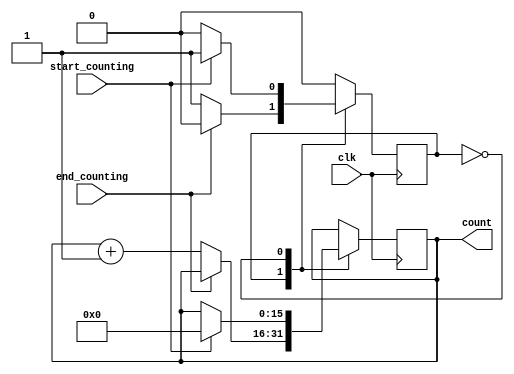
module reaction_counter(
	clk,
	start_counting,
	end_counting,
	count
);

	input clk, start_counting, end_counting;
	output [15:0] count;
	
	reg [15:0] count;
	reg state;
	parameter not_counting = 1'd0, counting = 1'd1;
	initial state = not_counting;
	initial count = 16'd0;
	always @ (posedge clk)
		case(state)
			counting:
				if (end_counting) state <= not_counting;
				else count <= count + 1;
			not_counting: 
				if (start_counting) begin
					state <= counting;
					count <= 16'b0;
				end
			default: ;
		endcase
endmodule